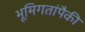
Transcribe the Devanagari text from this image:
भूमिगतांपैकी